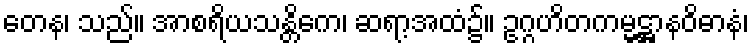
တေန၊ သည်။ အာစရိယသန္တိကေ၊ ဆရာ့အထံ၌။ ဥဂ္ဂဟိတကမ္မဋ္ဌာနဝိဓာနံ၊